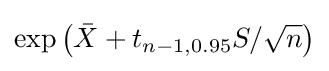
\exp {\left({\bar {X}}+t_{n-1,0.95}S/{\sqrt {n}}\right)}